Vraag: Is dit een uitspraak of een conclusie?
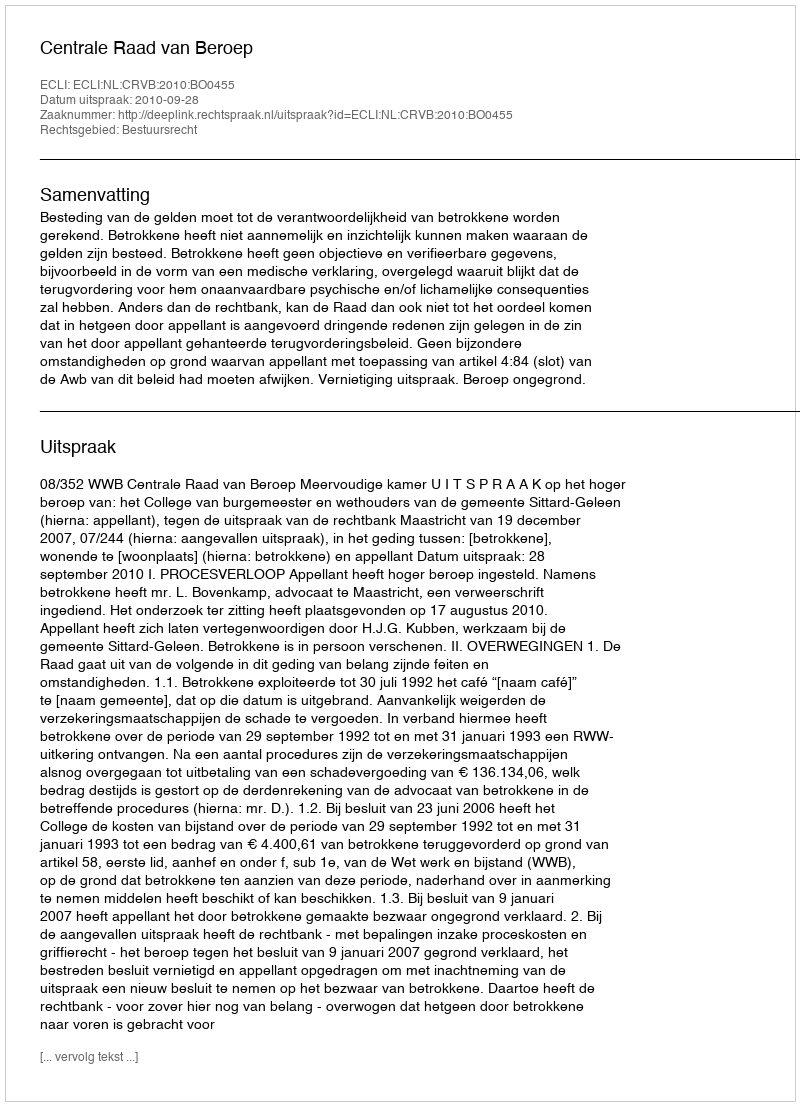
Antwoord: Uitspraak